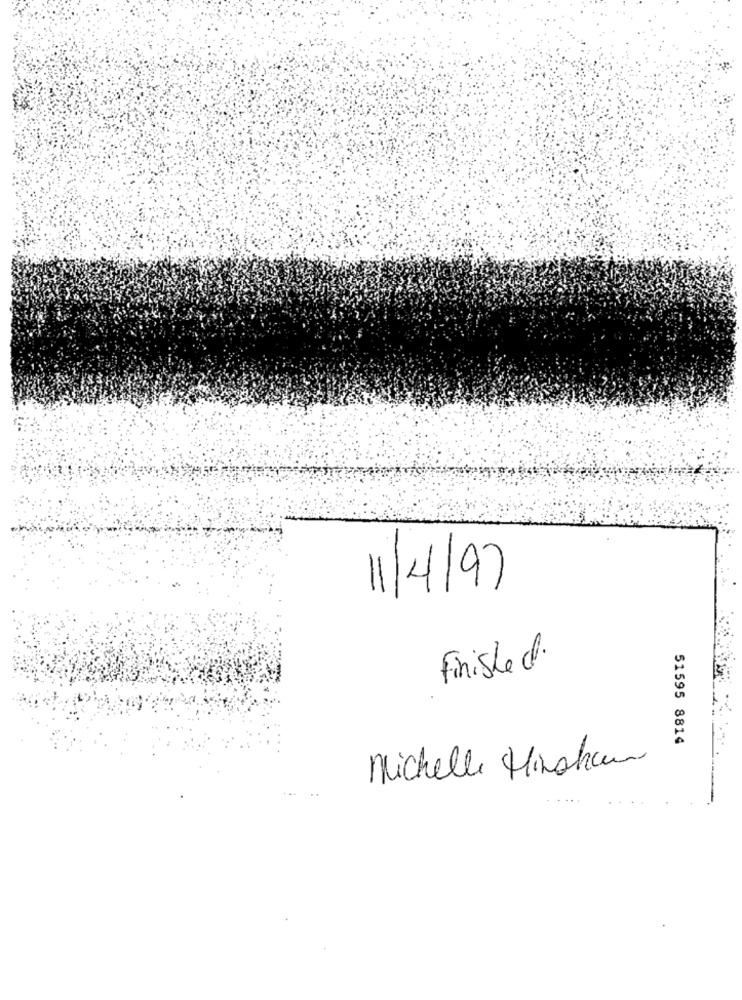
11/4/97
Finished.
51595 8814
Michelle Hinshaw